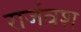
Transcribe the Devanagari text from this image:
राजंवश